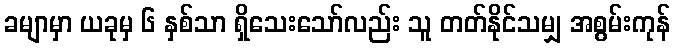
ခမျာမှာ ယခုမှ ၆ နှစ်သာ ရှိသေးသော်လည်း သူ တတ်နိုင်သမျှ အစွမ်းကုန်